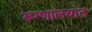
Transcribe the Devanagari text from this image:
रूग्‍णालयात